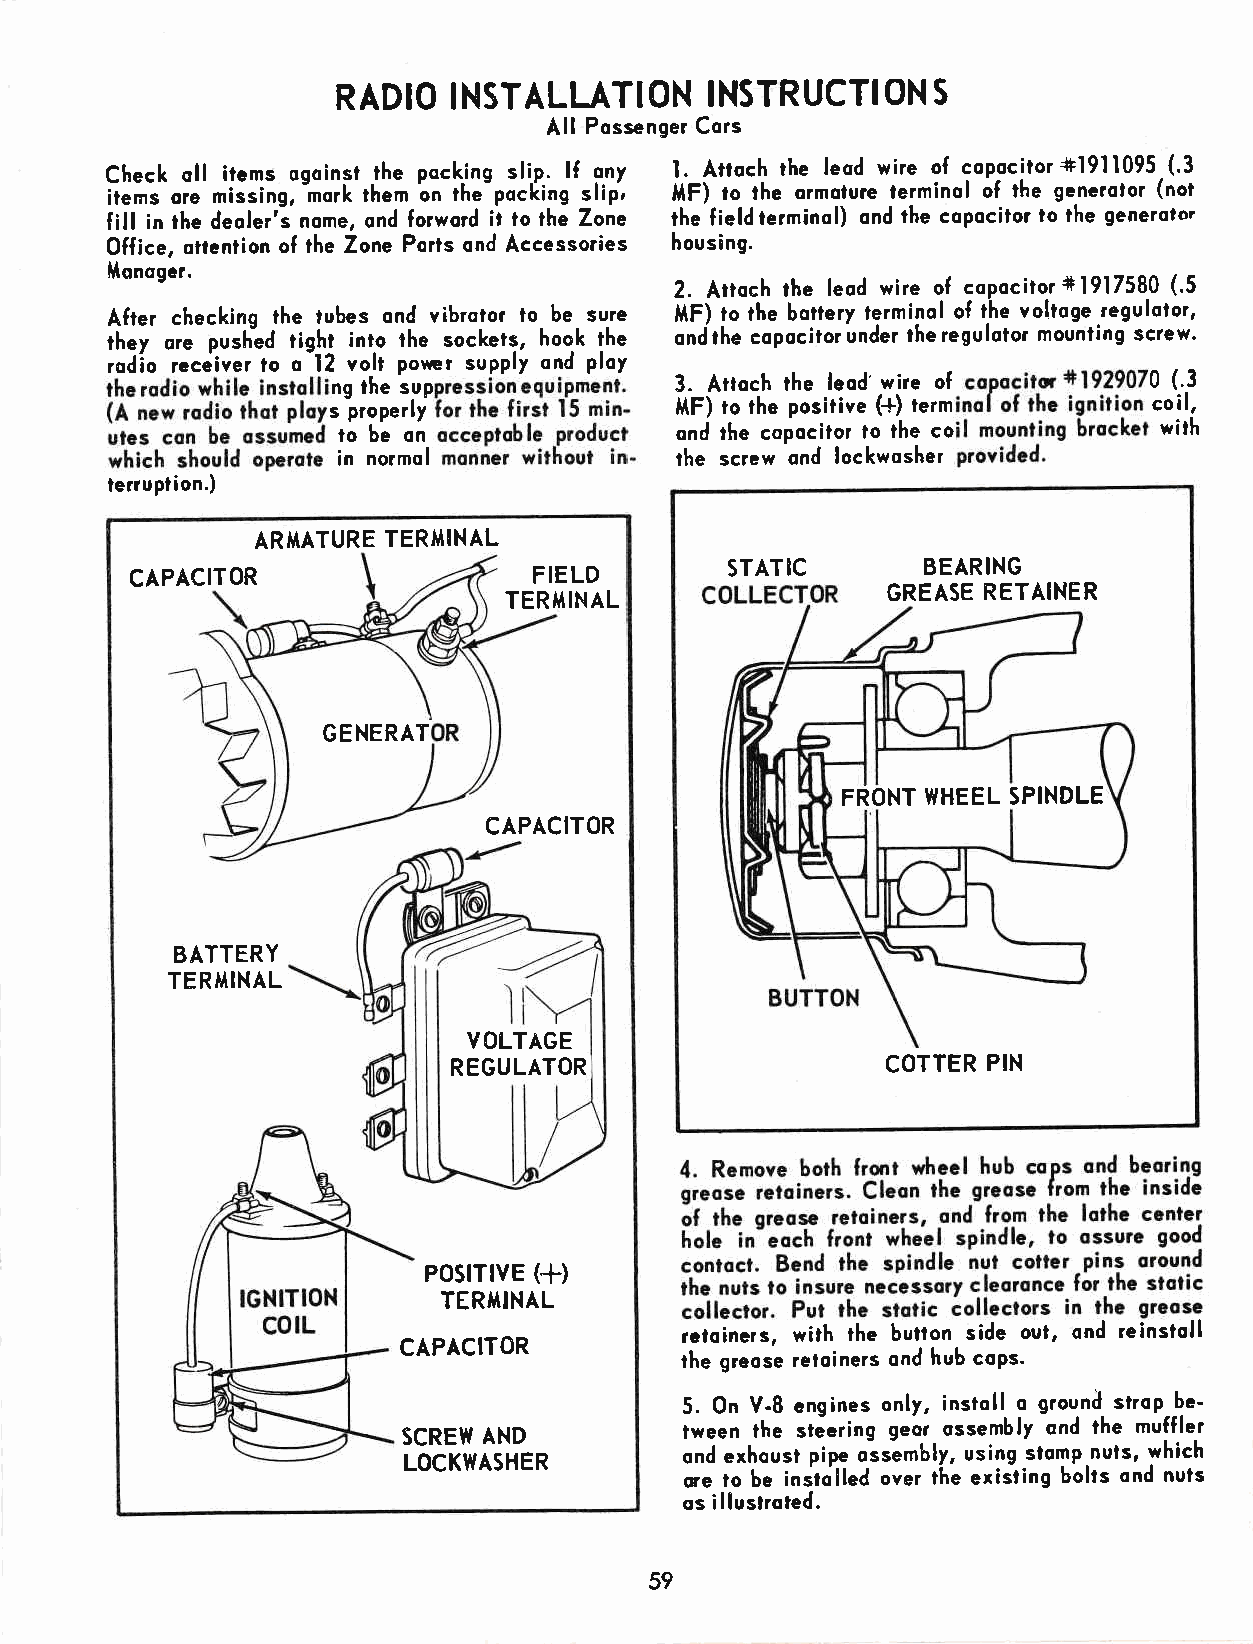
RADIO   INSTALLATION     INSTRUCTION    S
 All Possenger Cors
 Check oll items ogoinsl the pocking slip. lf ony l. Attoch the leod wire of copocilor+1911095 (.3
 items ore missing, hork them on the pocking slip, I{F) to lhe ormoiure lerminol of the generolor (not
 fill in the deoler's nome, ond forword it to the Zone the f ield terminol) ond the copocitor to the generoloi
 Office, otlention of the Zone Ports ond Accessories housing.
 lltonoger.
 2. Attoch ihe leod wire of copociior+1917580 (.5
 After checking rhe tubes ond vibrotor lo be sure trtF) ro the bottery terminol of the voltoge regulolor,
 they ore pushld tight into the sockets, hook the onithe copocitorunder the regulolor mounting screw.
 rodio receiver lo o-12 volt poter supply ond ploy
 ng the sup             3. Attoch the leod' wire of    0 (.3
 term
 s properly             l'tF) to ihe positive (-4)     coil,
 co
 ond the coiocitor lo the        wirh
 li
 ,ti,.,".l,           the screw ond lockwosher
 terruption.)
 ARI'IATURE TERI'tlNAL
 CAPACITOR                 FIELD        STATIC       BEARING
 GREASE RETAINER
 TERMINAL
 GENERAT
 FRONT WHEEL SPINDLE
 CAPACITOR
 BATTERY
 TERM!NAL
 YOLTAGE
 REGULATOR                    COTTER PIN
 PostflvE (+)
 TERilINAL
 rctoincrs, with the button side out, ond reinstoll
 CAPACITOR
 the greose reloiners ond hub coPs.
 5. 0n Y-8 engines only, instoll o grounJ strop--be'
 tween the steering geor ossembly ond the muffler
 SCREW AND
 ond exhousr pipe osslmbly, using stomp nuts, which
 LOCKWASHER
 qe lo be instoiled over the existing bolts ond nuls
 os illustroted.
 59